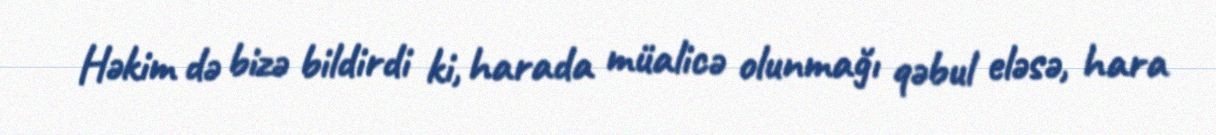
Həkim də bizə bildirdi ki, harada müalicə olunmağı qəbul eləsə, hara